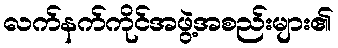
လက်နက်ကိုင်အဖွဲ့အစည်းများ၏